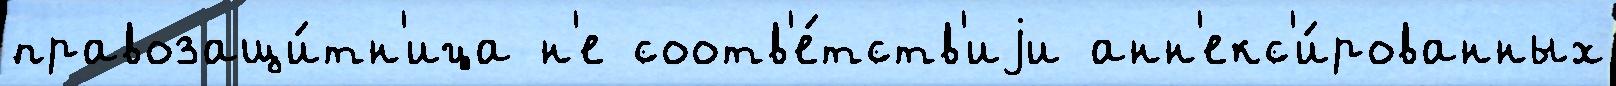
правозащи́тн'ица н'е соотв'е́тств'иjи анн'екс'и́рованных